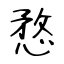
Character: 愗